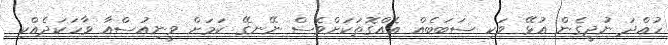
ހުއްދަ ނުދީގެން އުޅޭ ވަކި ސަބަބެއް އެއްގޮތަކަށްވެސް ނޭނގޭ ކަމަށް ވީނިއުސްއާ ވާހަކަދެއްކި